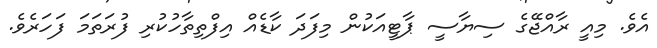
އެވެ. މިއީ ރާއްޖޭގެ ސިޔާސީ ޕާޓީއަކުން މިފަދަ ކާޑެއް އިފްތިތާހުކުރި ފުރަތަމަ ފަހަރެވެ.